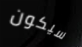
سيكون